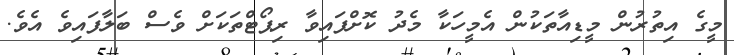
މީގެ އިތުރުން މީޑިއާތަކުން އެމީހަކާ މެދު ކޮށްފައިވާ ރިޕޯޓްތަކަށް ވެސް ބަލާފައިވެ އެވެ.